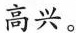
高兴。